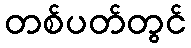
တစ်ပတ်တွင်